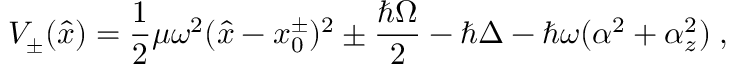
V _ { \pm } ( \hat { x } ) = \frac 1 2 \mu \omega ^ { 2 } ( \hat { x } - x _ { 0 } ^ { \pm } ) ^ { 2 } \pm \frac { \hbar \Omega } { 2 } - \hbar \Delta - \hbar \omega ( \alpha ^ { 2 } + \alpha _ { z } ^ { 2 } ) \; ,